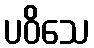
ပဝိသေ